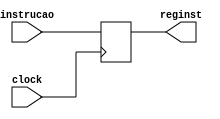
module Register (

	input clock,
	input [31:0] instrucao,
	output [31:0] reginst
	);
	
	reg [31:0] register;
	
	always @(negedge clock) begin

		register <= instrucao;
	end
	
	assign reginst = register;
endmodule